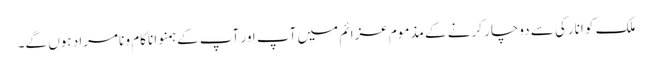
ملک کو انارکی سے دوچار کرنے کے مذموم عزائم میں آپ اور آپ کے ہمنوا ناکام و نامراد ہوں گے۔